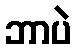
ဘာပဲ